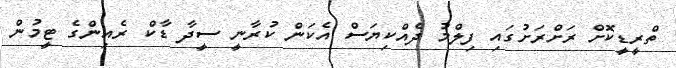
ތްރީޑީކޮށް ރަށްރަށުގައި ފިލްމު ދެއްކިޔަސް އެކަން ކުރާނީ ސީދާ ޑާކް ރެއިންގެ ޓީމުން